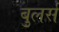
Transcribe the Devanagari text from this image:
बुलर्स